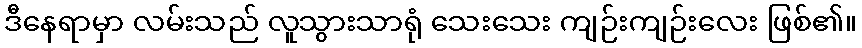
ဒီနေရာမှာ လမ်းသည် လူသွားသာရုံ သေးသေး ကျဉ်းကျဉ်းလေး ဖြစ်၏။